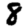
Digit: 8